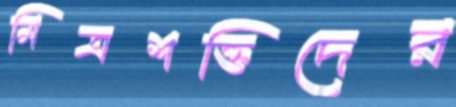
মিত্রশক্তিদের